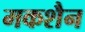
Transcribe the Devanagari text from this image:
मकशैन